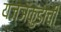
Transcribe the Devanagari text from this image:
यज्ञकुंडाची